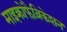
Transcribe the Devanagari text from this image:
माइक्रोफैब्रिकेशन